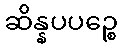
ဆိန္နပပဉ္စေ